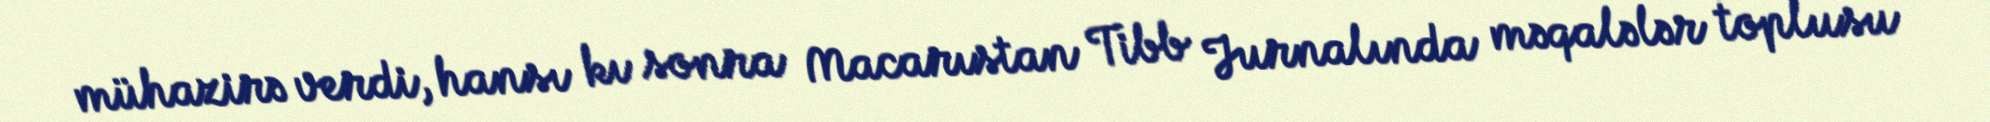
mühazirə verdi, hansı kı sonra Macarıstan Tibb Jurnalında məqalələr toplusu